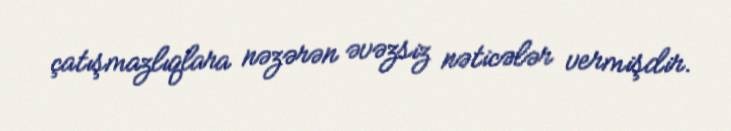
çatışmazlıqlara nəzərən əvəzsiz nəticələr vermişdir.